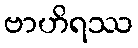
ဗာဟိရဿ